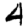
Digit: 4